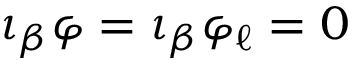
\iota _ { \beta } \varphi = \iota _ { \beta } \varphi _ { \ell } = 0